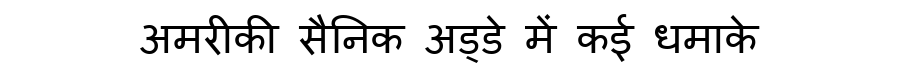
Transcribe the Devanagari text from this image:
अमरीकी सैनिक अड्डे में कई धमाके